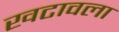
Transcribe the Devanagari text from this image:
खटावला